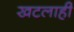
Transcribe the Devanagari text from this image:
खटलाही